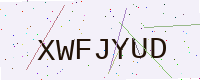
Text: XWFJYUD